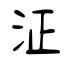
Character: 泟